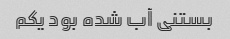
بستنی آب شده بود یکم